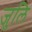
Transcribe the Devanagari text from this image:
जुलि